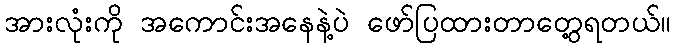
အားလုံးကို အကောင်းအနေနဲ့ပဲ ဖော်ပြထားတာတွေ့ရတယ်။